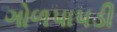
ગોળપાપડી